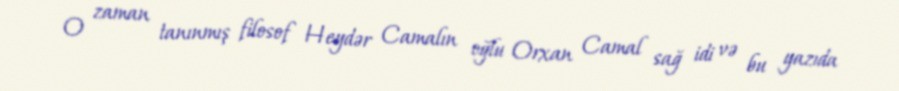
O zaman tanınmış filosof Heydər Camalın oğlu Orxan Camal sağ idi və bu yazıda